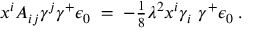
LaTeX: x ^ { i } A _ { i j } \gamma ^ { j } \gamma ^ { + } \epsilon _ { 0 } \; = \; - \textstyle { \frac { 1 } { 8 } } \lambda ^ { 2 } x ^ { i } \gamma _ { i } \ \gamma ^ { + } \epsilon _ { 0 } \; .